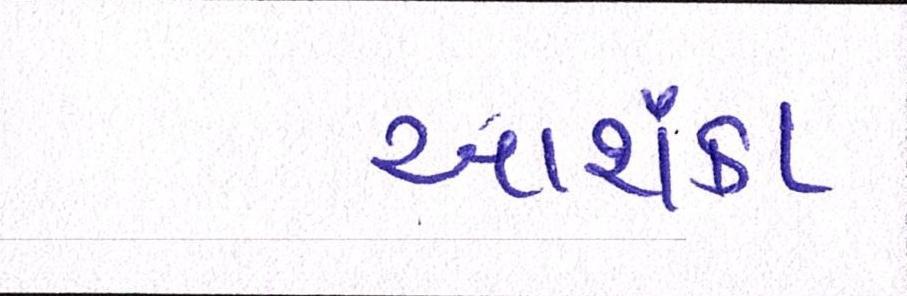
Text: આશંકા